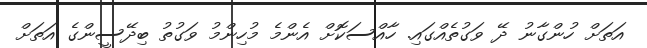
އަތަށް ހުންގާނު ދޭ ވަގުތެއްގައި. ހާއްސަކޮށް އެންމެ މުހިންމު ވަގުތު ބިދޭސީންގެ އަތަށް